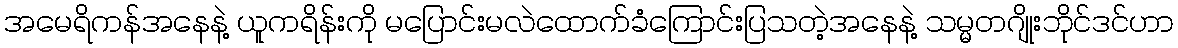
အမေရိကန်အနေနဲ့ ယူကရိန်းကို မပြောင်းမလဲထောက်ခံကြောင်းပြသတဲ့အနေနဲ့ သမ္မတဂျိုးဘိုင်ဒင်ဟာ